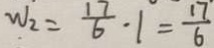
W _ { 2 } = \frac { 1 7 } { 6 } \cdot 1 = \frac { 1 7 } { 6 }